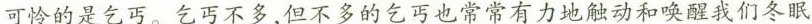
可怜的是乞丐。乞丐不多，但不多的乞丐也常常有力地触动和唤醒我们冬眠